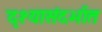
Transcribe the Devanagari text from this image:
दृश्यासंदर्भात